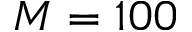
M = 1 0 0